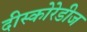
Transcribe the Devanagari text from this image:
दीस्कोरेडीज